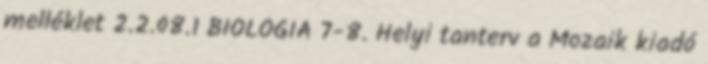
melléklet 2.2.08.1 BIOLÓGIA 7-8. Helyi tanterv a Mozaik kiadó